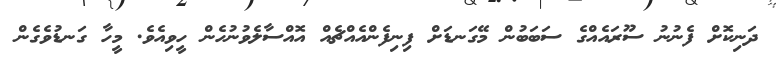
ދަނިކޮށް ފެނުނު ސޫރައެއްގެ ސަބަބުން މޭގަނޑަށް ފިނިފެންއެއްޗެއް އޮއްސާލެވުނުހެން ހީވިއެވެ. މީހާ ގަނޑުވެގެން